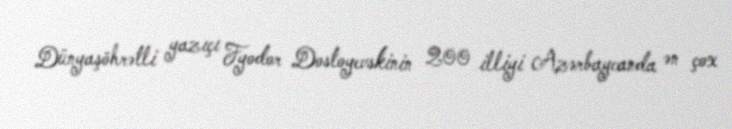
Dünyaşöhrətli yazıçı Fyodor Dostoyevskinin 200 illiyi Azərbaycanda ən çox